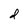
Character: d